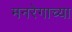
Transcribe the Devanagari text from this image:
मनरेगाच्या